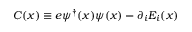
C ( x ) \equiv e \psi ^ { \dagger } ( x ) \psi ( x ) - \partial _ { i } E _ { i } ( x )